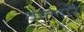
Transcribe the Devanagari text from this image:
वल्लारै